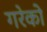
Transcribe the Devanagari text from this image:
गरेको